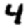
Digit: 4